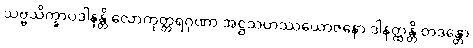
သဗ္ဗသိက္ခာပဒါနန္တိ လောကုတ္တရဂုဏာ အဋ္ဌသဟဿယောဇနော ဒါနတ္ထန္တိ တဒန္တော